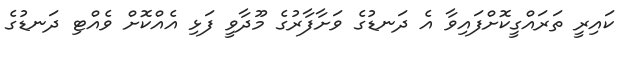
ކައިރީ ތަރައްގީކޮށްފައިވާ އެ ދަނޑުގެ ވަށާފާރުގެ މޫދާވީ ފަޅި އެއްކޮށް ވެއްޓި ދަނޑުގެ